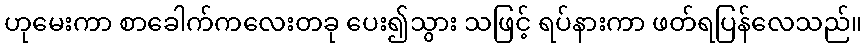
ဟုမေးကာ စာခေါက်ကလေးတခု ပေး၍သွား သဖြင့် ရပ်နားကာ ဖတ်ရပြန်လေသည်။